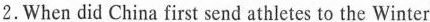
2.When did China first send athletes to the Winter